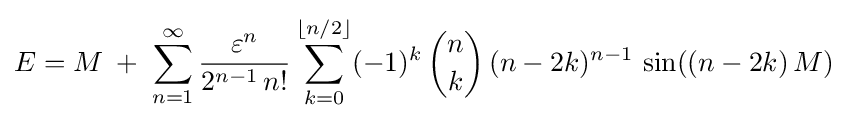
E=M\;+\;\sum _{n=1}^{\infty }{\frac {\varepsilon ^{n}}{2^{n-1}\,n!}}\sum _{k=0}^{\lfloor n/2\rfloor }(-1)^{k}\,{\binom {n}{k}}\,(n-2k)^{n-1}\,\sin((n-2k)\,M)